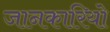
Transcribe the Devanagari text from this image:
जानकारियो